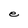
Character: e